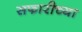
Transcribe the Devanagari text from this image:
सफारीच्या